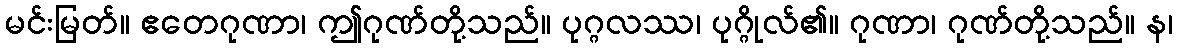
မင်းမြတ်။ ဧတေဂုဏာ၊ ဤဂုဏ်တို့သည်။ ပုဂ္ဂလဿ၊ ပုဂ္ဂိုလ်၏။ ဂုဏာ၊ ဂုဏ်တို့သည်။ န၊